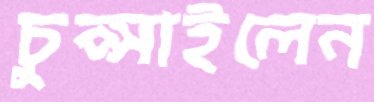
চুপ্‌সাইলেন